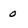
Character: 0